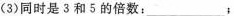
(3)同时是3和5的倍数：___ ；